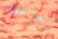
المراهق